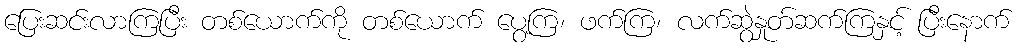
ပြေးဆင်းလာကြပြီး တစ်ယောက်ကို တစ်ယောက် ပွေ့ကြ၊ ဖက်ကြ၊ လက်ဆွဲနှုတ်ဆက်ကြနှင့် ပြီးနောက်